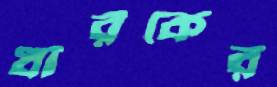
ধারকের